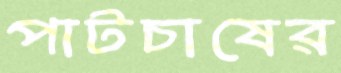
পাটচাষের